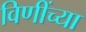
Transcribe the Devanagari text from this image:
विणींच्या